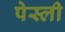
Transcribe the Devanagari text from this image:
पेस्ली